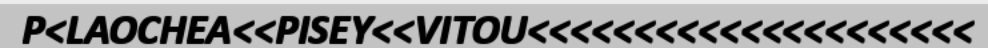
P<LAOCHEA<<PISEY<<VITOU<<<<<<<<<<<<<<<<<<<<<